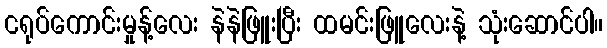
ငရုပ်ကောင်းမှုန့်လေး နဲနဲဖြူးပြီး ထမင်းဖြူလေးနဲ့ သုံးဆောင်ပါ။